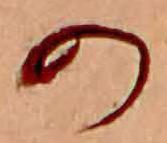
の